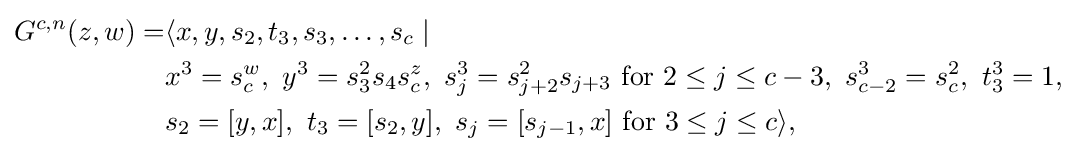
{\begin{aligned}G^{c,n}(z,w)=&\langle x,y,s_{2},t_{3},s_{3},\ldots ,s_{c}\mid {}\\&x^{3}=s_{c}^{w},\ y^{3}=s_{3}^{2}s_{4}s_{c}^{z},\ s_{j}^{3}=s_{j+2}^{2}s_{j+3}{\text{ for }}2\leq j\leq c-3,\ s_{c-2}^{3}=s_{c}^{2},\ t_{3}^{3}=1,\\&s_{2}=[y,x],\ t_{3}=[s_{2},y],\ s_{j}=[s_{j-1},x]{\text{ for }}3\leq j\leq c\rangle ,\end{aligned}}